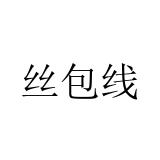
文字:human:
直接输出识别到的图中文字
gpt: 丝包线